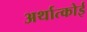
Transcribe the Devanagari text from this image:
अर्थात्कोई